Jarvakandi_vallavalitsus, lk 12
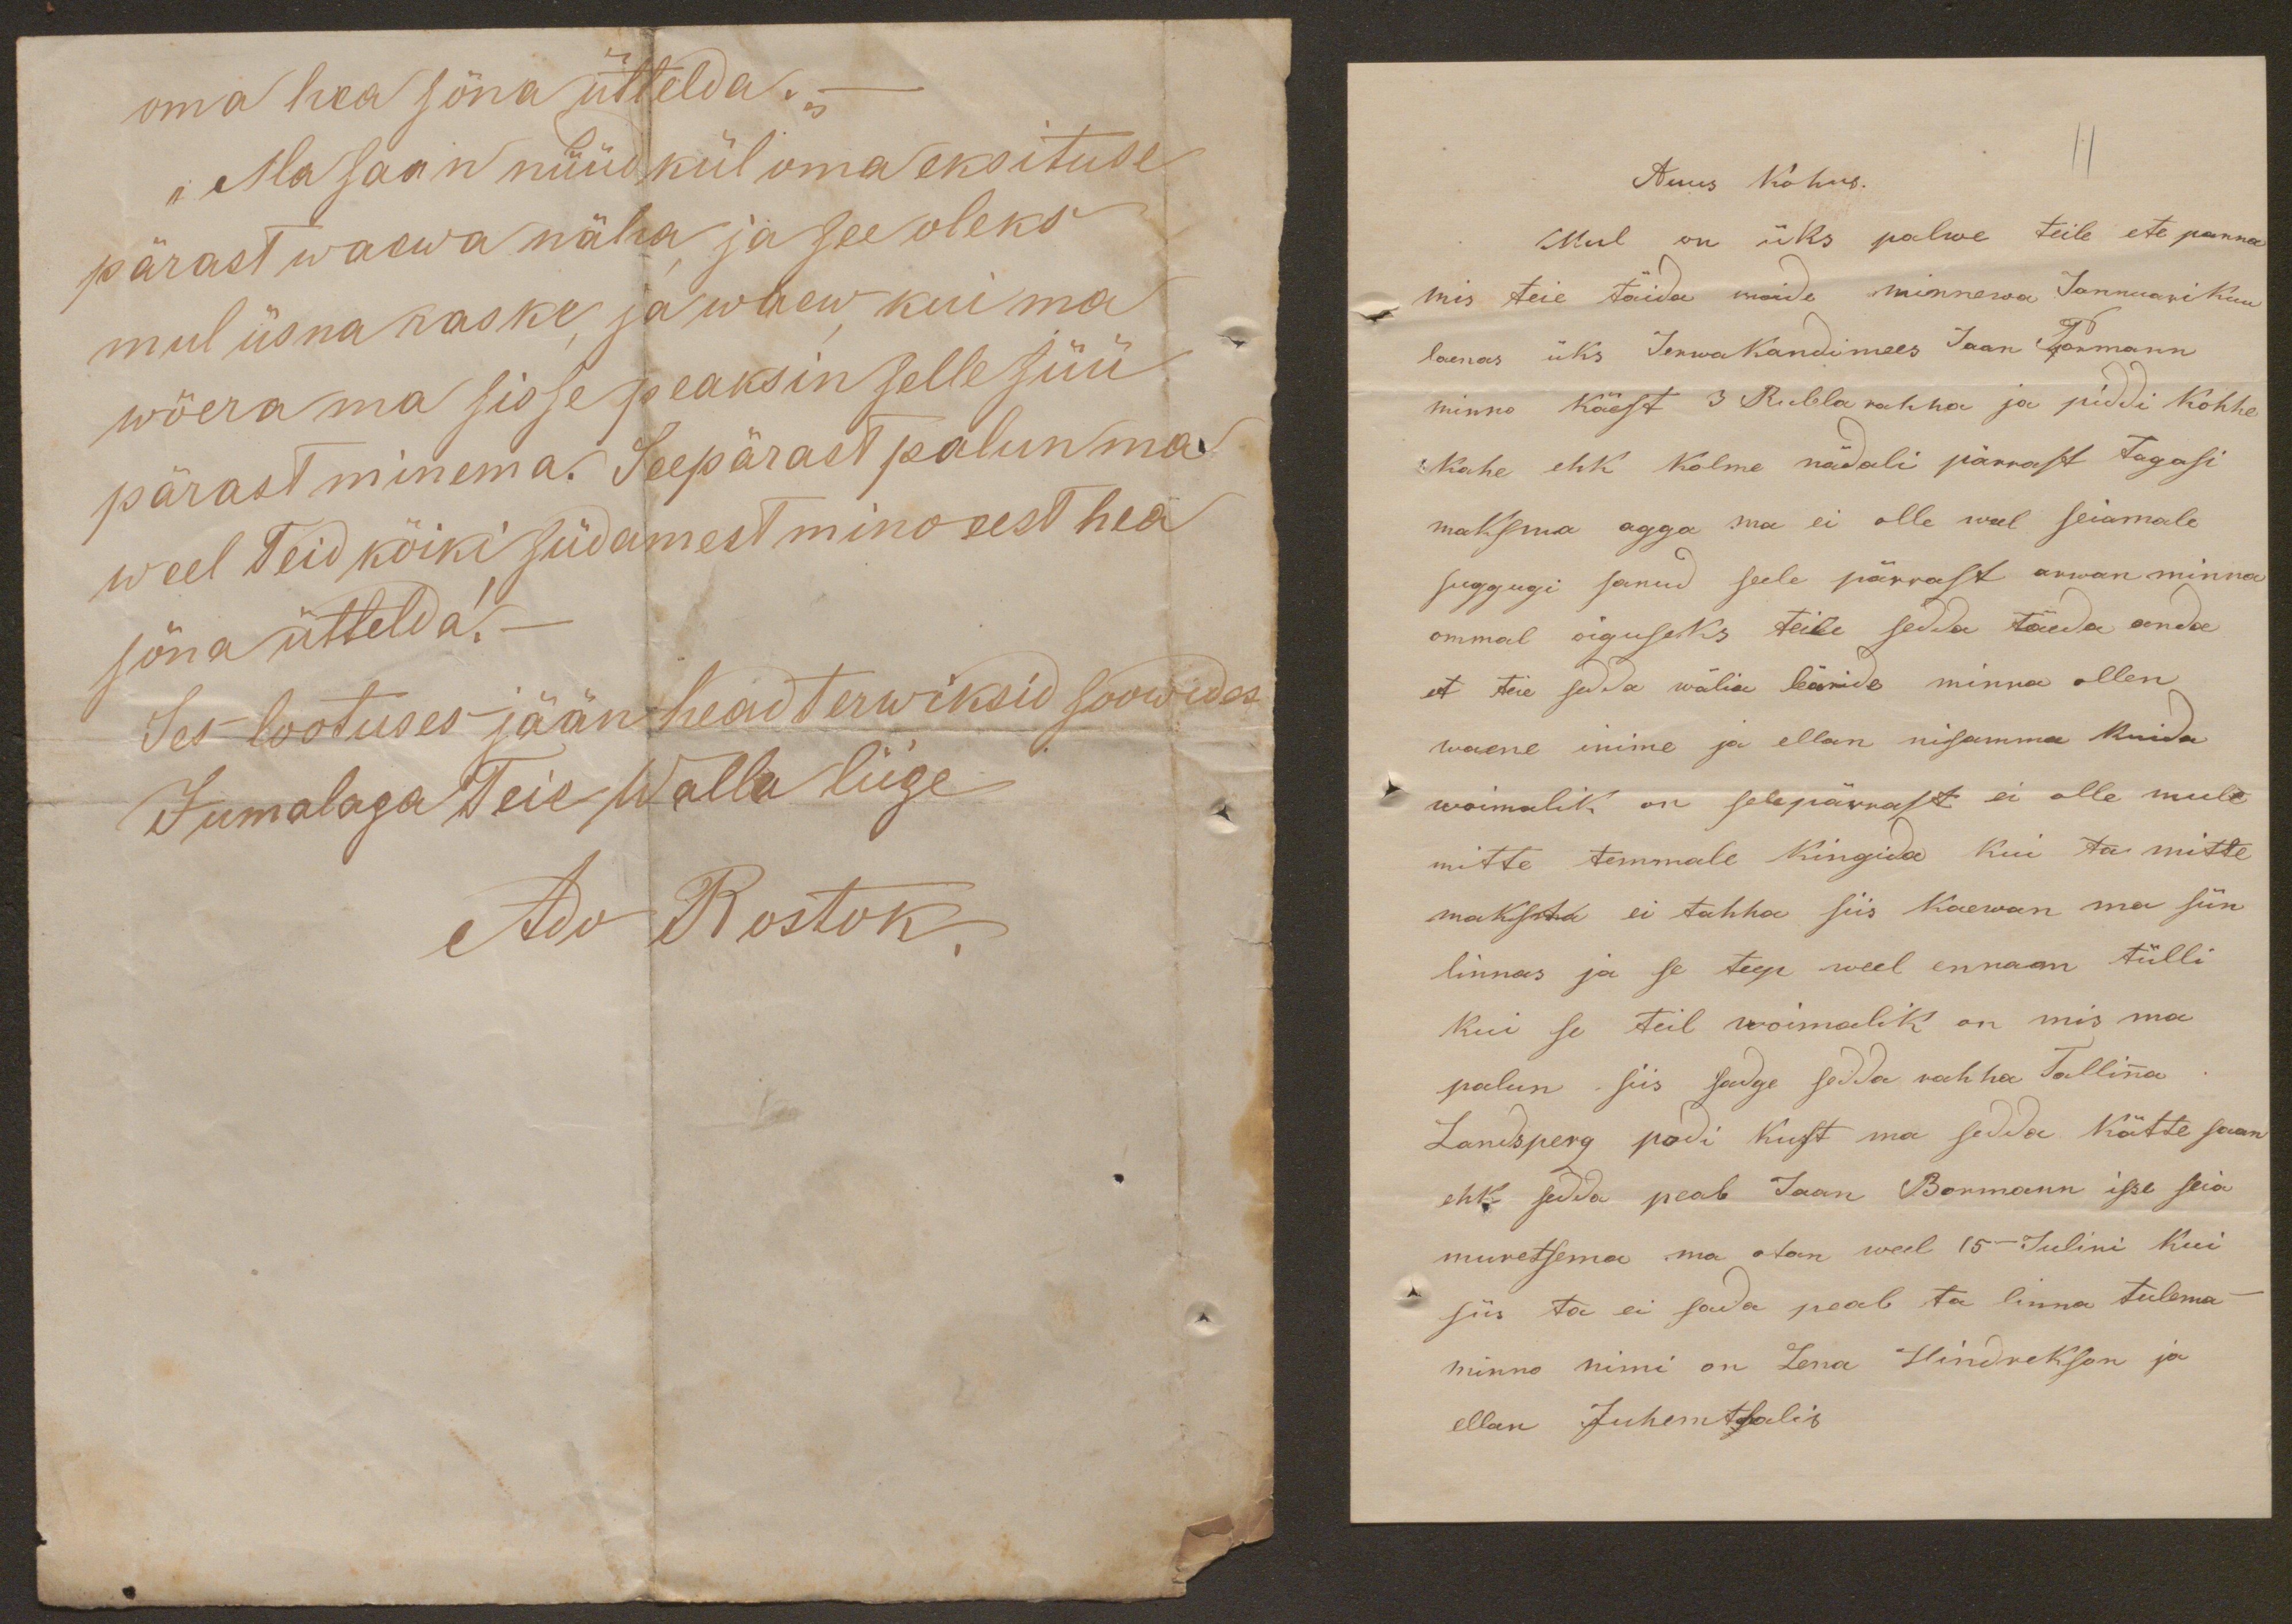
oma hea söna üttelda.-
„Ma saan nüüd kül oma eksituse
pärast waewa näha ja see oleks
mul üsna raske ja waew kui ma
wõera ma sisse peaksin selle süü
pärast minema. Seepärast palun ma
weel Teid kõiki südamest mino eest hea
söna üttelda.
Ses lootuses jään head terwiksid soowides
Jumalaga Teie Walla liige
Ado Rostok.

Auus Kohus.
Mul on üks palwe teile ete panna
mis teie täida woide minnewa Jannuarikuu
laenas üks Jerwakandimees Jaan Tamann
minno käest 3 Rubla rahha ja piddi kohhe
Kahe ehk kolme nädali pärrast tagasi
maksma agga ma ei olle weel seiamale
suggugi sanud selle pärrast arwan minna
ommal õiguseks teile seda täida anda
et teie sedda wälia leäside minna ollen
waene enime ja ellan nisamma kuida
woimalik on selepärrast ei olle mulle
mitte temmale kingida kui ta mitte
maksida ei tahha siis kaewan ma siin
linnas ja se teep weel ennaam tülli
kui se teil woimalik on mis ma
palun siis sadge sedda rahha Tallina
Landsperg pidi kust ma sedda kätte saan
ehk sedda peab Jaan Bormann ise seia
muretsema ma otan weel 15mal Julini kui
siis ta ei sada peab ta linna tulema
minno nimi on Lena Hindrekson ja
ellan Juhemtsalis